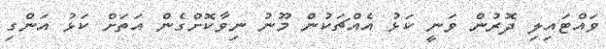
ވައްޓައިލި ދޮރުން ވަނީ ކަޅު އެއްޗަކުން މޫނު ނިވާކޮށްގެން އަތަށް ކަޅު އަންގި